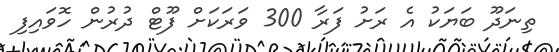
ތިނަދޫ ބަޔަކު އެ ރަށު ފަރާ 300 ވަރަކަށް ފޫޓް ދުރުން ހޮވައިފި